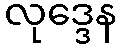
လုဒ္ဒေန